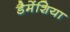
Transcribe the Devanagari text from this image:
डैमेंशिया